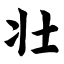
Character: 壮